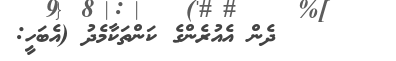
٦٢      ދެން އެއުރެންގެ ކަންތަކާމެދު (އެބަހީ: